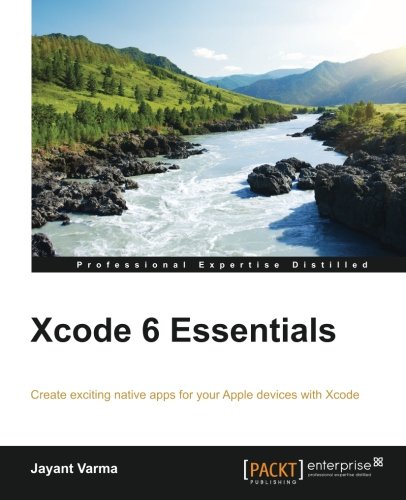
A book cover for Xcode 6 Essentials; Jayant Varma; Computers & Technology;